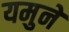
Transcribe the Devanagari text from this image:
यमुने